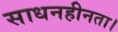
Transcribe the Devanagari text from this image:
साधनहीनता।